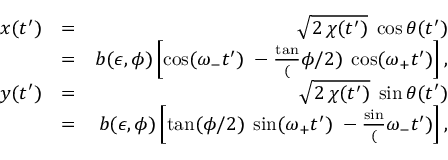
\begin{array} { r l r } { x ( t ^ { \prime } ) } & { = } & { \sqrt { 2 \, \chi ( t ^ { \prime } ) } \; \cos \theta ( t ^ { \prime } ) } \\ & { = } & { b ( \epsilon , \phi ) \left[ \cos ( \omega _ { - } t ^ { \prime } ) \; - \frac \tan ( \phi / 2 ) \; \cos ( \omega _ { + } t ^ { \prime } ) \right] , } \\ { y ( t ^ { \prime } ) } & { = } & { \sqrt { 2 \, \chi ( t ^ { \prime } ) } \; \sin \theta ( t ^ { \prime } ) } \\ & { = } & { b ( \epsilon , \phi ) \left[ \tan ( \phi / 2 ) \; \sin ( \omega _ { + } t ^ { \prime } ) \; - \frac \sin ( \omega _ { - } t ^ { \prime } ) \right] , } \end{array}